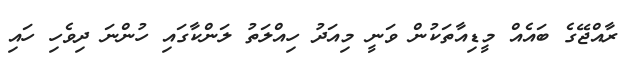
ރާއްޖޭގެ ބައެއް މީޑިއާތަކުން ވަނީ މިއަދު ހިއްލަތު ލަންކާގައި ހުންނަ ދިވެހި ހައި